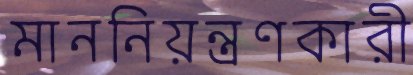
মাননিয়ন্ত্রণকারী